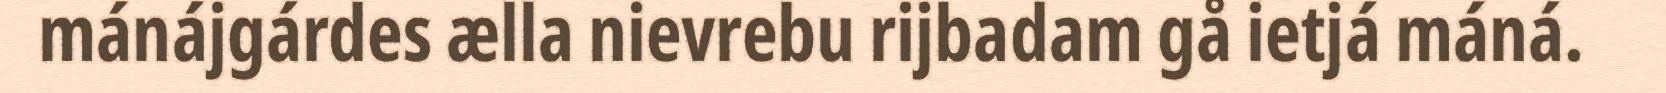
mánájgárdes ælla nievrebu rijbadam gå ietjá máná.